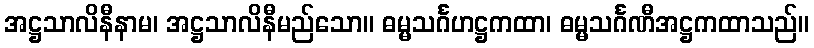
အဋ္ဌသာလိနီနာမ၊ အဋ္ဌသာလိနီမည်သော။ ဓမ္မသင်္ဂဟဋ္ဌကထာ၊ ဓမ္မသင်္ဂဏီအဋ္ဌကထာသည်။